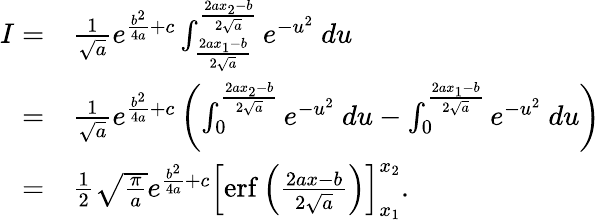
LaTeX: \begin{array}{rl}{I=}&{\frac{1}{\sqrt{a}}e^{\frac{b^{2}}{4a}+c}\int_{\frac{2ax_{1}-b}{2\sqrt{a}}}^{\frac{2ax_{2}-b}{2\sqrt{a}}}e^{-u^{2}}\ du}\\ {=}&{\frac{1}{\sqrt{a}}e^{\frac{b^{2}}{4a}+c}\left(\int_{0}^{\frac{2ax_{2}-b}{2\sqrt{a}}}e^{-u^{2}}\ du-\int_{0}^{\frac{2ax_{1}-b}{2\sqrt{a}}}e^{-u^{2}}\ du\right)}\\ {=}&{\frac{1}{2}\sqrt{\frac{\pi}{a}}e^{\frac{b^{2}}{4a}+c}\left[\mathrm{erf}\left({\frac{2ax-b}{2\sqrt{a}}}\right)\right]_{x_{1}}^{x_{2}}.}\end{array}